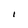
Character: I